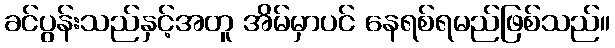
ခင်ပွန်းသည်နှင့်အတူ အိမ်မှာပင် နေရစ်ရမည်ဖြစ်သည်။